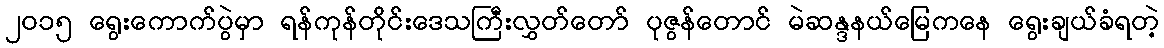
၂၀၁၅ ရွေးကောက်ပွဲမှာ ရန်ကုန်တိုင်းဒေသကြီးလွှတ်တော် ပုဇွန်တောင် မဲဆန္ဒနယ်မြေကနေ ရွေးချယ်ခံရတဲ့